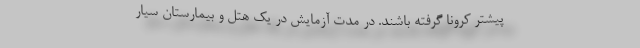
پیشتر کرونا گرفته باشند. در مدت آزمایش در یک هتل و بیمارستان سیار